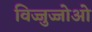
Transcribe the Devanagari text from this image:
विज्जुज्जोओ